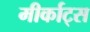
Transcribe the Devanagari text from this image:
मीर्काट्स